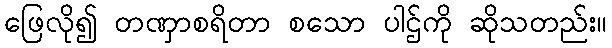
ဖြေလို၍ တဏှာစရိတာ စသော ပါဌ်ကို ဆိုသတည်း။